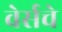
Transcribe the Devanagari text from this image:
वेर्सचे